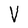
Character: V